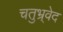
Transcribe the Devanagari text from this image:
चतुभ्र्वेद